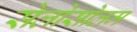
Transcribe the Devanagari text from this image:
सेलोसोलम